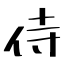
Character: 侍